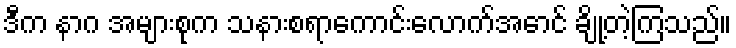
ဒီက နာဂ အများစုက သနားစရာကောင်းလောက်အောင် ချို့တဲ့ကြသည်။